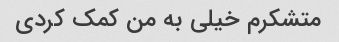
متشکرم خیلی به من کمک کردی